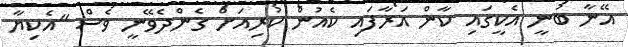
އޭނާ ބުނީ އެކީގައި ކާން އަރާފައި ކެއުން ކުރިއަށް ގެންދެވޭނީ ވެސް "އެކިޔާ